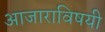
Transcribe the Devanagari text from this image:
आजाराविषयी